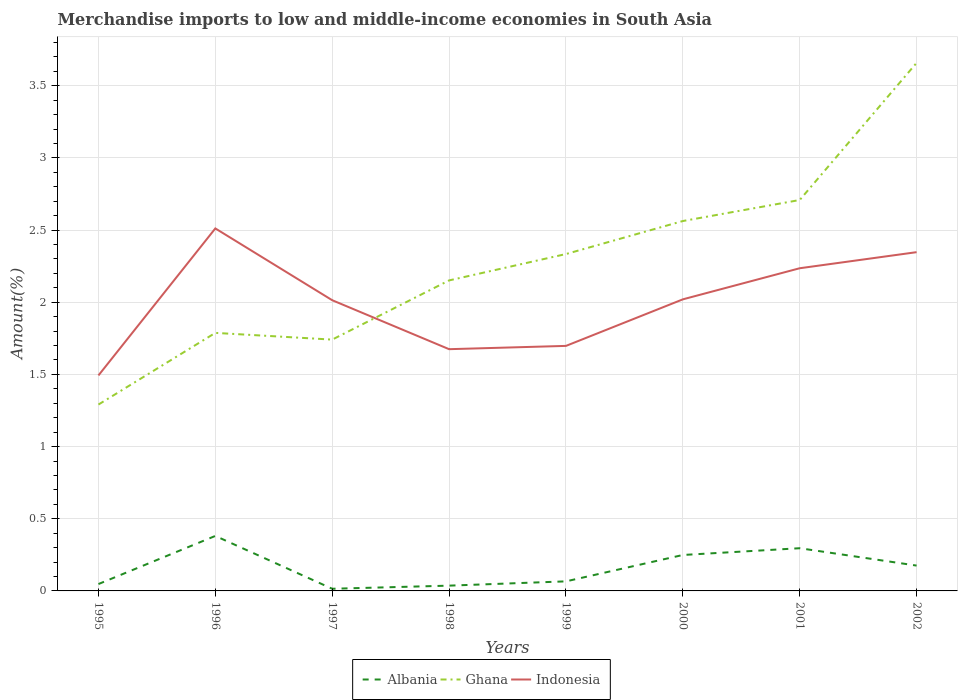
| Years | Albania | Ghana | Indonesia |
 | --- | --- | --- | --- |
 | 1995 | 0.0476 | 1.29 | 1.49 |
 | 1996 | 0.381 | 1.79 | 2.51 |
 | 1997 | 0.015 | 1.74 | 2.01 |
 | 1998 | 0.0366 | 2.15 | 1.67 |
 | 1999 | 0.0662 | 2.33 | 1.7 |
 | 2000 | 0.249 | 2.56 | 2.02 |
 | 2001 | 0.296 | 2.71 | 2.24 |
 | 2002 | 0.176 | 3.66 | 2.35 |